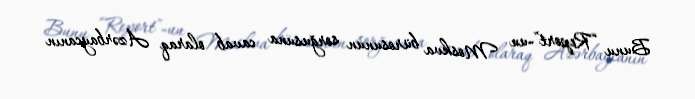
Bunu “Report”-un Moskva bürosunun sorğusuna cavab olaraq Azərbaycanın